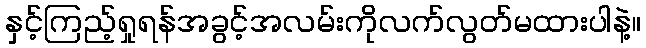
နှင့်ကြည့်ရှုရန်အခွင့်အလမ်းကိုလက်လွတ်မထားပါနဲ့။